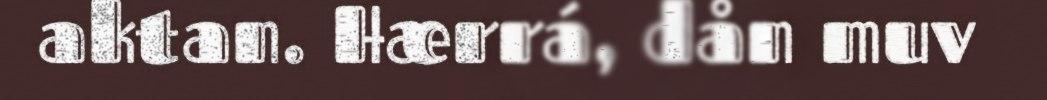
aktan. Hærrá, dån muv